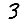
Digit: 3